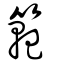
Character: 範